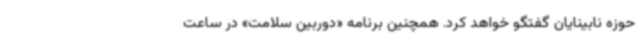
حوزه نابینایان گفتگو خواهد کرد. همچنین برنامه «دوربین سلامت» در ساعت